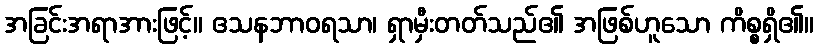
အခြင်းအရာအားဖြင့်။ ဧသနဘာဝရသာ၊ ရှာမှီးတတ်သည်၏ အဖြစ်ဟူသော ကိစ္စရှိ၏။